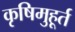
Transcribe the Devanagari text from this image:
कृषिमुहूर्त